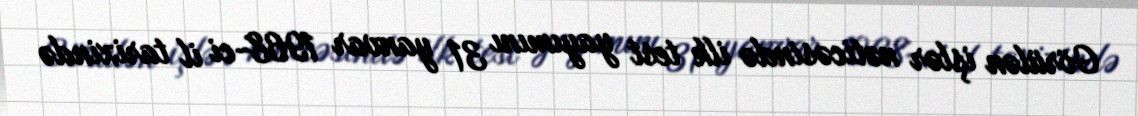
Görülən işlər nəticəsində ilk test yayımını 31 yanvar 1968-ci il tarixində